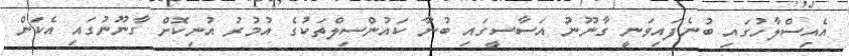
އެއިސްލާހުގައި ބުނެފައިވަނީ ގާނޫނު އަސާސީގައި ބުނާ ކައުންސިލްތަކުގެ އުމުރު އުނިކޮށް ގާނޫނުގައި އެކަން